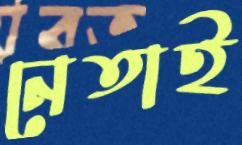
নেতাই